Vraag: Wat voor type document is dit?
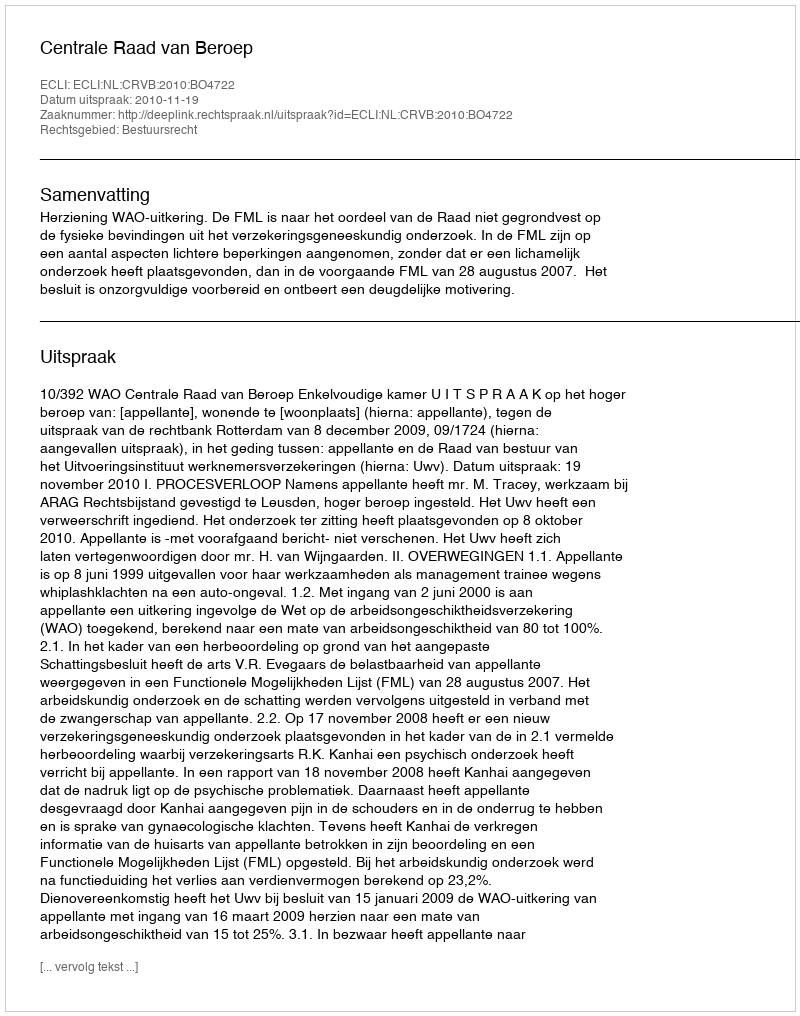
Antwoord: Uitspraak